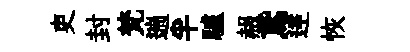
吏封梵遄半驢赧鳶逹恢